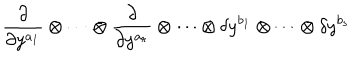
\frac \partial { \partial y ^ { a _ { 1 } } } \otimes \cdots \otimes \frac \partial { \partial y ^ { a _ { r } } } \otimes \cdots \otimes \delta y ^ { b _ { 1 } } \otimes \cdots \otimes \delta y ^ { b _ { s } }